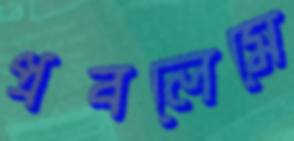
প্রবলেমে